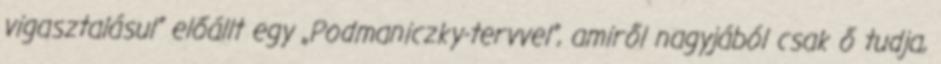
vigasztalásul” előállt egy „Pod­maniczky-terv­vel”, ami­­ről nagy­jából csak ő tudja,